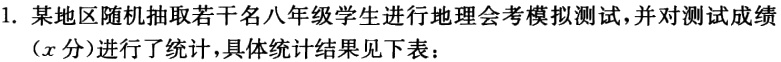
1. 某地区随机抽取若干名八年级学生进行地理会模模拟测试，并对测试成绩
（\(x\)分）进行了统计，具体统计结果见下表：